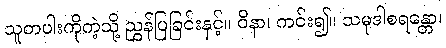
သူတပါးကိုကဲ့သို့ ညွှန်ပြခြင်းနှင့်။ ဝိနာ၊ ကင်း၍။ သမုဒါစရန္တော၊